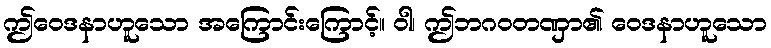
ဤဝေဒနာဟူသော အကြောင်းကြောင့်။ ဝါ၊ ဤဘဂဝတဏှာ၏ ဝေဒနာဟူသော